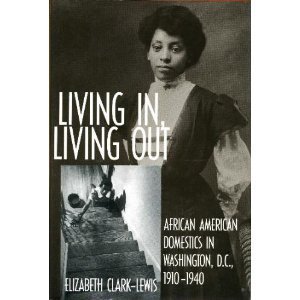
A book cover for Living In, Living Out: African American Domestics in Washington, D.C., 1910-1940; Elizabeth Clark-Lewis; Business & Money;